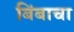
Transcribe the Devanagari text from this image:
बिंबाचा